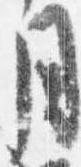
月